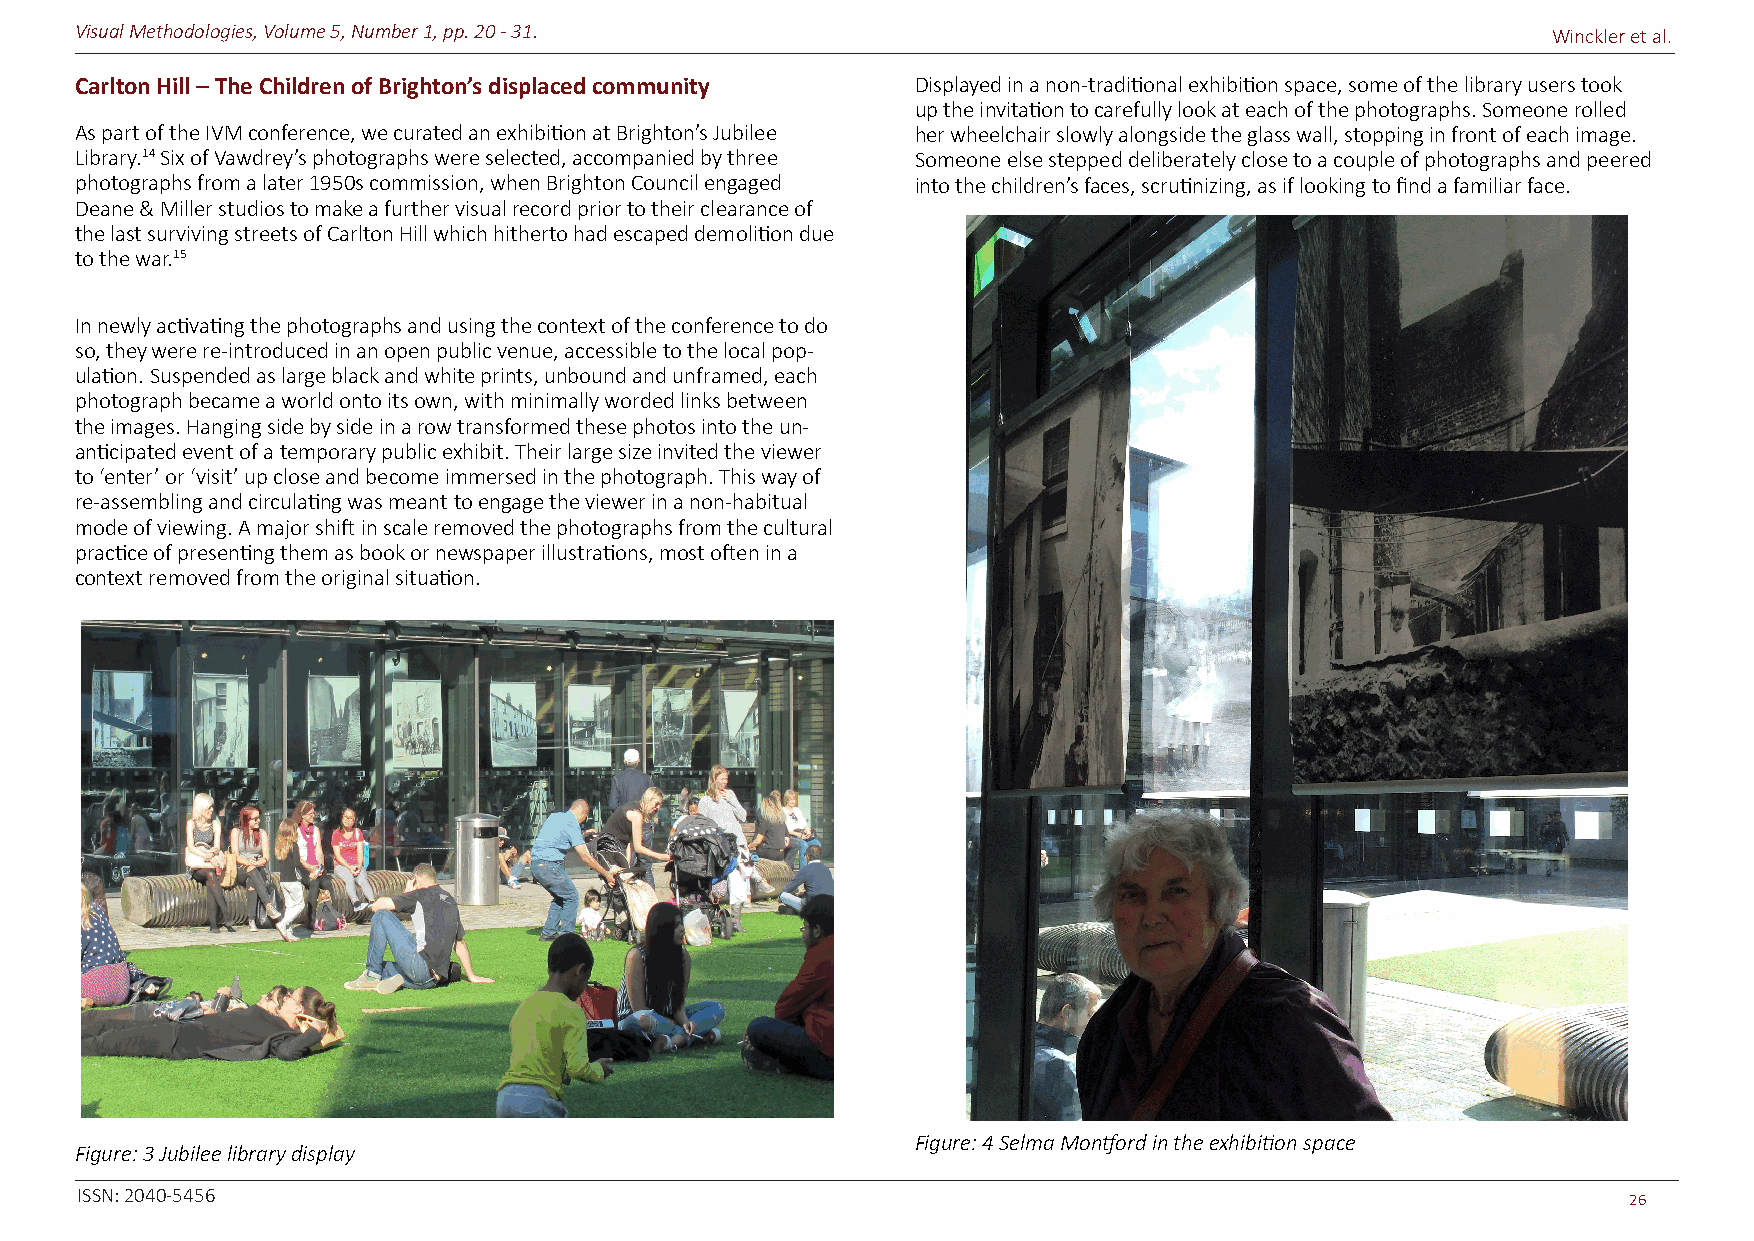
Visual Methodologies, Volume 5, Number 1, pp. 20 - 31.                                            Winckler et al.
 Carlton Hill – The Children of Brighton’s displaced community Displayed in a non-traditional exhibition space, some of the library users took
 up the invitation to carefully look at each of the photographs. Someone rolled
 As part of the IVM conference, we curated an exhibition at Brighton’s Jubilee her wheelchair slowly alongside the glass wall, stopping in front of each image.
 Library.14 Six of Vawdrey’s photographs were selected, accompanied by three Someone else stepped deliberately close to a couple of photographs and peered
 photographs from a later 1950s commission, when Brighton Council engaged into the children’s faces, scrutinizing, as if looking to find a familiar face.
 Deane & Miller studios to make a further visual record prior to their clearance of
 the last surviving streets of Carlton Hill which hitherto had escaped demolition due
 to the war.15
 In newly activating the photographs and using the context of the conference to do
 so, they were re-introduced in an open public venue, accessible to the local pop-
 ulation. Suspended as large black and white prints, unbound and unframed, each
 photograph became a world onto its own, with minimally worded links between
 the images. Hanging side by side in a row transformed these photos into the un-
 anticipated event of a temporary public exhibit. Their large size invited the viewer
 to ‘enter’ or ‘visit’ up close and become immersed in the photograph. This way of
 re-assembling and circulating was meant to engage the viewer in a non-habitual
 mode of viewing. A major shift in scale removed the photographs from the cultural
 practice of presenting them as book or newspaper illustrations, most often in a
 context removed from the original situation.
 Figure: 4 Selma Montford in the exhibition space
 Figure: 3 Jubilee library display
 ISSN: 2040-5456
 26